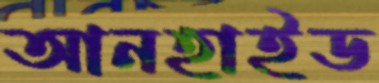
আনহাইড